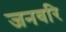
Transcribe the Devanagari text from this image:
जनवरि